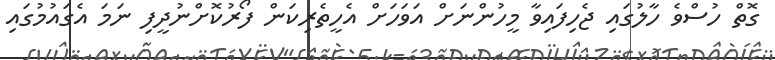
ގޮތް ހުސްވެ ހާލުގައި ޖެހިފައިވާ މީހުންނަށް އަވަހަށް އެހީތެރިކަން ފޯރުކޮށްނުދީފި ނަމަ އެގައުމުގައި